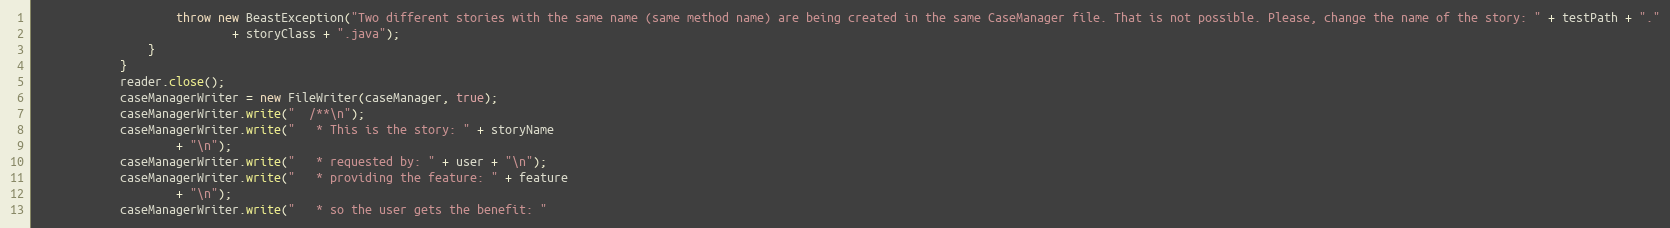
Language: Java
                    throw new BeastException("Two different stories with the same name (same method name) are being created in the same CaseManager file. That is not possible. Please, change the name of the story: " + testPath + "."
                            + storyClass + ".java");
                }
            }
            reader.close();
            caseManagerWriter = new FileWriter(caseManager, true);
            caseManagerWriter.write("  /**\n");
            caseManagerWriter.write("   * This is the story: " + storyName
                    + "\n");
            caseManagerWriter.write("   * requested by: " + user + "\n");
            caseManagerWriter.write("   * providing the feature: " + feature
                    + "\n");
            caseManagerWriter.write("   * so the user gets the benefit: "